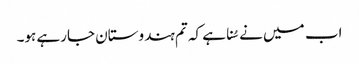
اب میں نے سُنا ہے کہ تم ہندوستان جارہے ہو۔